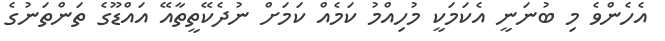
އެހެންވެ މި ބުނަނީ އެކަމަކީ މުހިއްމު ކަމެއް ކަމަށް ނުދެކޭތީތާއޭ އައްޑޫގެ ތަންތަނުގެ